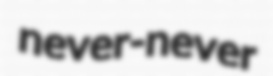
never-never